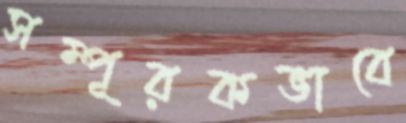
সম্পূরকভাবে